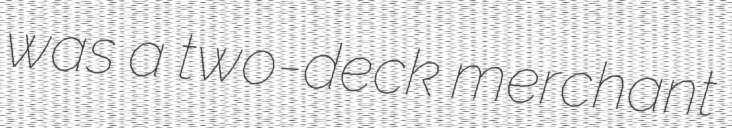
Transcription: was a two-deck merchant